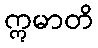
ဣမာတိ